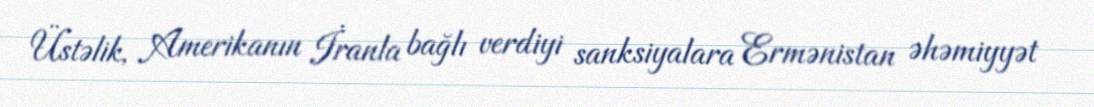
Üstəlik, Amerikanın İranla bağlı verdiyi sanksiyalara Ermənistan əhəmiyyət